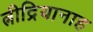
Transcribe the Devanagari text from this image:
त्नीद्रियानाह